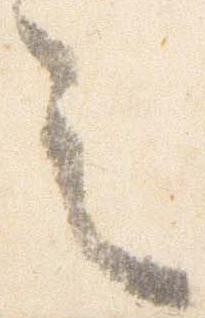
之